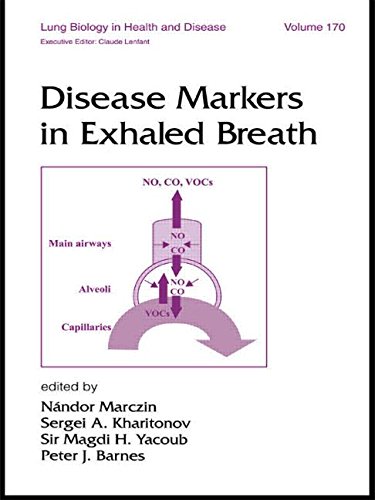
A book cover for Disease Markers in Exhaled Breath (Lung Biology in Health and Disease); Medical Books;